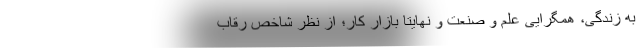
به زندگی، همگرایی علم و صنعت و نهایتا بازار کار؛ از نظر شاخص رقاب